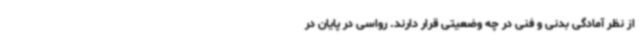
از نظر آمادگی بدنی و فنی در چه وضعیتی قرار دارند. رواسی در پایان در